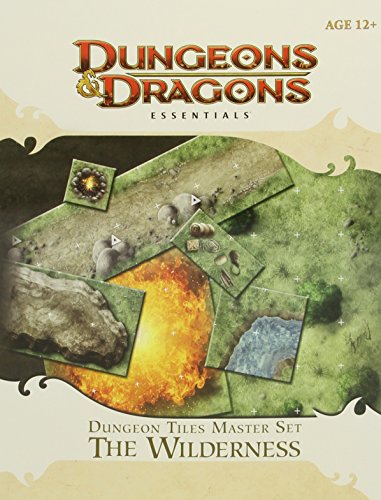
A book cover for Dungeon Tiles Master Set - The Wilderness: An Essential Dungeons & Dragons Accessory (4th Edition D&D); Science Fiction & Fantasy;